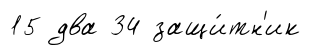
15 два 34 защи́тн'ик